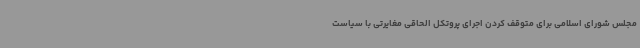
مجلس شورای اسلامی برای متوقف کردن اجرای پروتکل الحاقی مغایرتی با سیاست